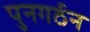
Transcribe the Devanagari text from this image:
पुनगर्ठन